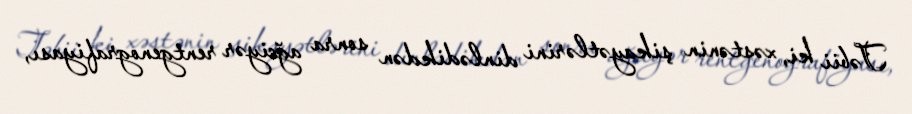
Təbii ki, xəstənin şikayətlərini dinlədikdən sonra ağciyər rentgenografiyası,